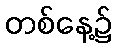
တစ်နေ့၌